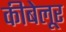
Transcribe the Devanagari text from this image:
कीबेलूर